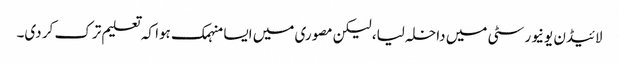
لائیڈن یونیورسٹی میں داخلہ لیا، لیکن مصوری میں ایسا منہمک ہوا کہ تعلیم ترک کر دی۔